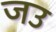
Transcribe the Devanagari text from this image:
जउ